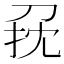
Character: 𠜭